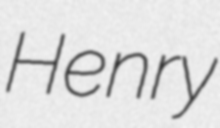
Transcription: Henry